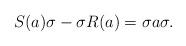
LaTeX: \begin{align*}S(a)\sigma - \sigma R(a) = \sigma a \sigma.\end{align*}